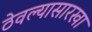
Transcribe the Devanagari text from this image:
ठेवल्यासारखा